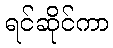
ရင်ဆိုင်ကာ